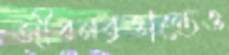
জীবনবৃত্তান্তেও